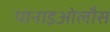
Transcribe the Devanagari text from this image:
पानाइओलौस